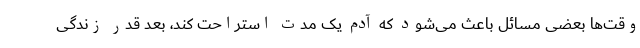
وقت‌ها بعضی مسائل باعث می‌شود که آدم یک مدت استراحت کند، بعد قدر زندگی